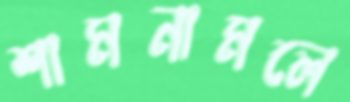
শামনামলে